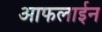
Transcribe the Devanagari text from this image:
आफलाईन